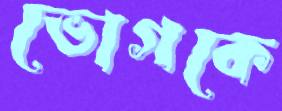
ভোগকে